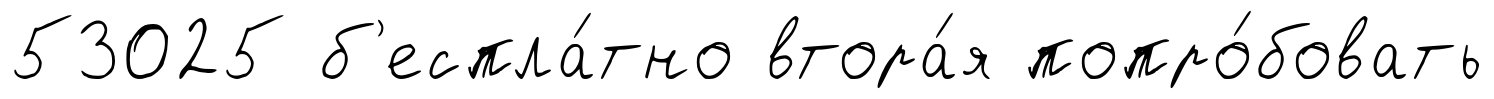
53025 б'еспла́тно втора́я попро́бовать